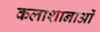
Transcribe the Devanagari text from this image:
कलाशानाओं